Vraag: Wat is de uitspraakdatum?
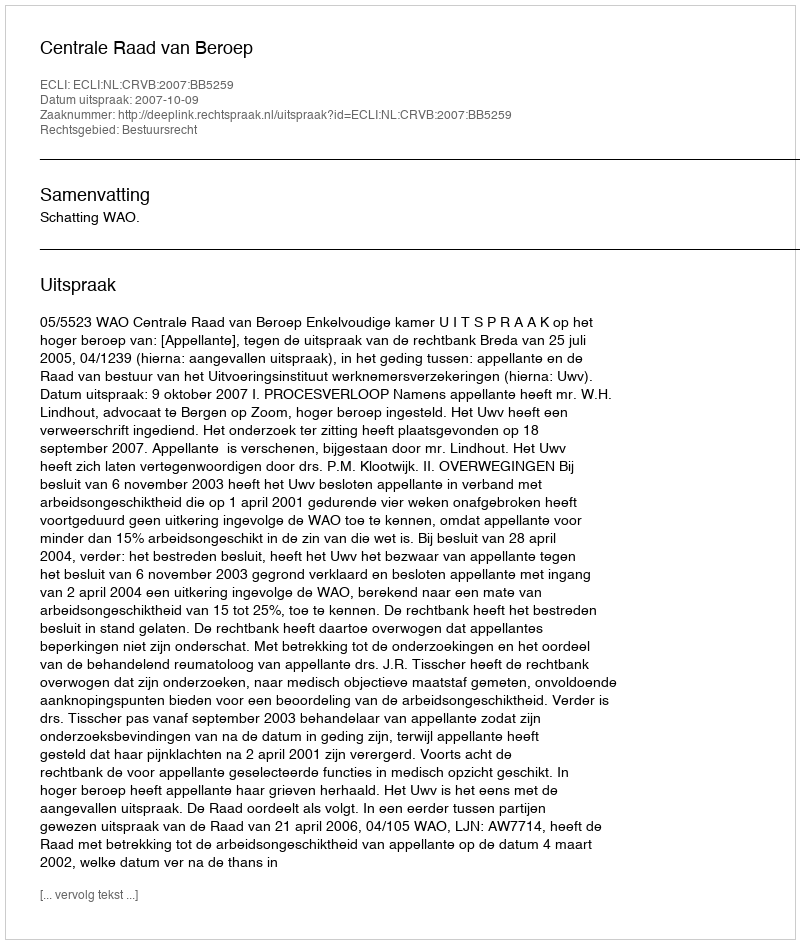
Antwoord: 2007-10-09